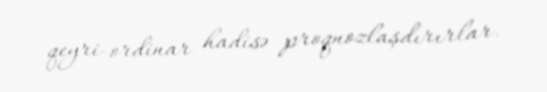
qeyri-ordinar hadisə proqnozlaşdırırlar.